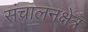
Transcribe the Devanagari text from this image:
संचालनक्षेत्र